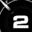
Digit: 2